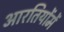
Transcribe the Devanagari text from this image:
आरतियोंमें